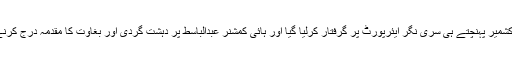
ملاقات کرنیوالے رہنماﺅں کو مقبوضہ کشمیر پہنچتے ہی سری نگر ایئرپورٹ پر گرفتار کرلیا گیا اور ہائی کمشنر عبدالباسط پر دہشت گردی اور بغاوت کا مقدمہ درج کرنے کی عدالت سے منظوری بھی لے لی۔